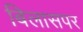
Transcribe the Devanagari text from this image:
बिलासपर